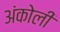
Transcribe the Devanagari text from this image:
अंकोली